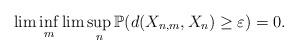
LaTeX: \begin{align*}\lim\inf_{m}\lim\sup_{n}\mathbb{P}(d(X_{n,m},X_{n})\geq\varepsilon)=0.\end{align*}